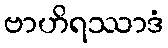
ဗာဟိရဿာဒံ